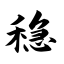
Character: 稳